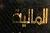
المالية